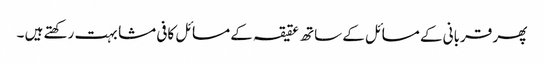
پھر قربانی کے مسائل کے ساتھ عقیقہ کے مسائل کافی مشابہت رکھتے ہیں ۔